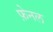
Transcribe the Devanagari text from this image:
फ़ेनल